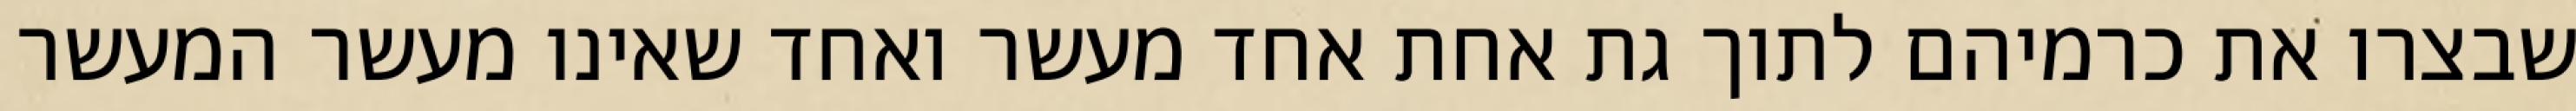
שבצרו את כרמיהם לתוך גת אחת אחד מעשר ואחד שאינו מעשר המעשר